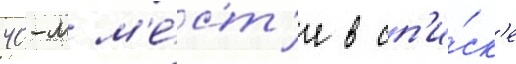
40-м м'е́ст'е в сп'и́ск'е